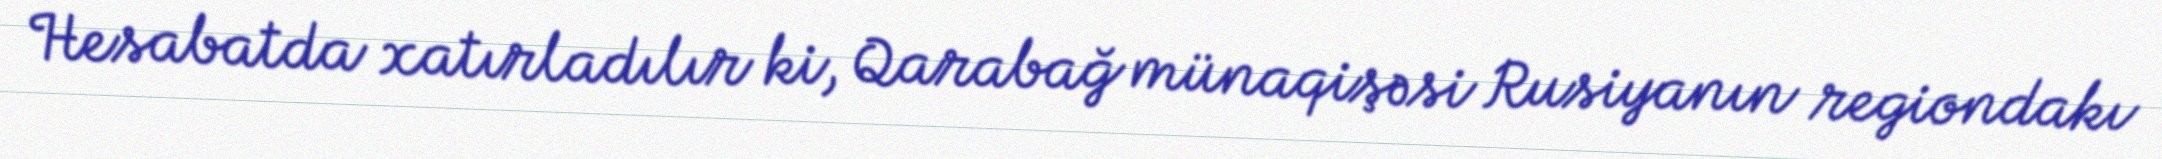
Hesabatda xatırladılır ki, Qarabağ münaqişəsi Rusiyanın regiondakı